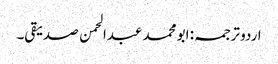
اردو ترجمہ: ابو محمد عبدالحمن صدیقی۔